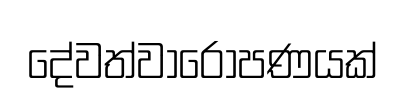
දේවත්වාරෝපණයක්